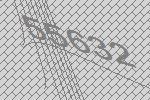
55632